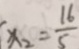
x _ { 2 } = \frac { 1 6 } { 5 }